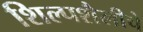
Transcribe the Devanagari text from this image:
शिल्पशैलीचे